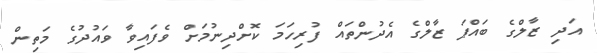
އަދި ޒާލްގެ ބައްޕަ ޒާލްގެ އެދުންތައް ފުރިހަމަ ކޮށްދިނުމަށް ވެފައިވާ ވައުދުގެ މަތިން